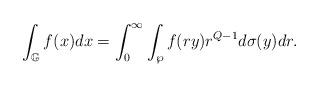
LaTeX: \begin{align*}\int_{\mathbb{G}}f(x)dx=\int_{0}^{\infty}\int_{\wp}f(ry)r^{Q-1}d\sigma(y)dr.\end{align*}